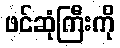
ဖင်ဆုံကြီးကို